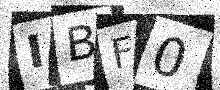
Text: IBF0